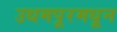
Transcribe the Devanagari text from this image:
उधमपूरमधून